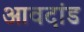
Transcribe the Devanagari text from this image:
आवदांड